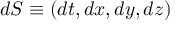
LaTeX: d S \equiv ( d t , d x , d y , d z )